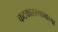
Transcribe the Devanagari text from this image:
कटकारस्थानाच्या